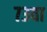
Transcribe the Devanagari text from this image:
७३वा